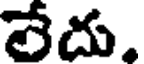
లేదు.